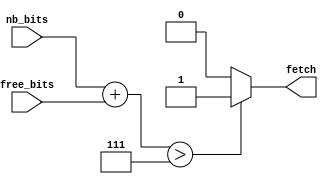
module fetch_evaluator(
    input [NB_BITS_WIDTH-1:0] nb_bits,
    input [2:0] free_bits,
    output fetch
    );
    
    parameter NB_BITS_WIDTH = 2;
    
    reg out;
    
    always @ (*) begin
        if (nb_bits + free_bits > 7) begin
            out = 1'b1;
        end
        else begin
            out = 1'b0;
        end
    end
    
    assign fetch = out;
    
endmodule